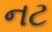
નટ